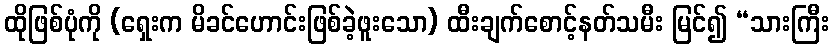
ထိုဖြစ်ပုံကို (ရှေးက မိခင်ဟောင်းဖြစ်ခဲ့ဖူးသော) ထီးချက်စောင့်နတ်သမီး မြင်၍ “သားကြီး